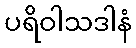
ပရိဝါသဒါနံ